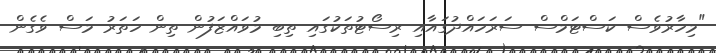
"މިހާރުވެސް ކަސްޓަމްސް ސަރަހައްދުގައާއި ރިސޯޓުތަކުގައި ތިބި މުވައްޒަފުން ތިން ހަތަރު މަސް ވެގެން